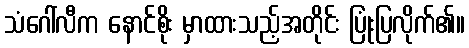
သံဂေါ်လီက နောင်စိုး မှာထားသည့်အတိုင်း ပြုံးပြလိုက်၏။